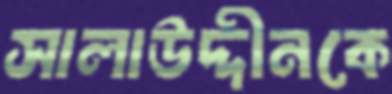
সালাউদ্দীনকে